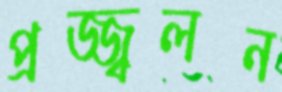
প্রজ্জ্বলন